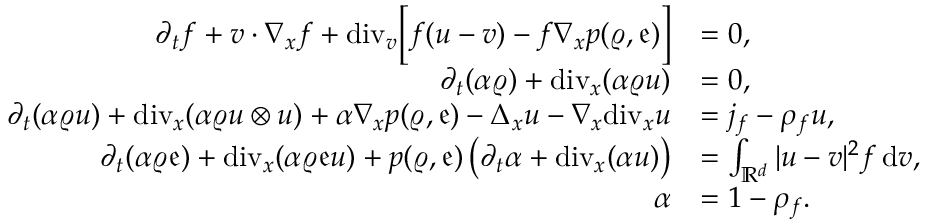
\begin{array} { r l } { \partial _ { t } f + v \cdot \nabla _ { x } f + \mathrm { d i v } _ { v } \Big [ f ( u - v ) - f \nabla _ { x } p ( \varrho , \mathfrak { e } ) \Big ] } & { = 0 , } \\ { \partial _ { t } ( \alpha \varrho ) + \mathrm { d i v } _ { x } ( \alpha \varrho u ) } & { = 0 , } \\ { \partial _ { t } ( \alpha \varrho u ) + \mathrm { d i v } _ { x } ( \alpha \varrho u \otimes u ) + \alpha \nabla _ { x } p ( \varrho , \mathfrak { e } ) - \Delta _ { x } u - \nabla _ { x } \mathrm { d i v } _ { x } u } & { = j _ { f } - \rho _ { f } u , } \\ { \partial _ { t } ( \alpha \varrho \mathfrak { e } ) + \mathrm { d i v } _ { x } ( \alpha \varrho \mathfrak { e } u ) + p ( \varrho , \mathfrak { e } ) \left( \partial _ { t } \alpha + \mathrm { d i v } _ { x } ( \alpha u ) \right) } & { = \int _ { \mathbb R ^ { d } } \vert u - v \vert ^ { 2 } f \, \mathrm { d } v , } \\ { \alpha } & { = 1 - \rho _ { f } . } \end{array}